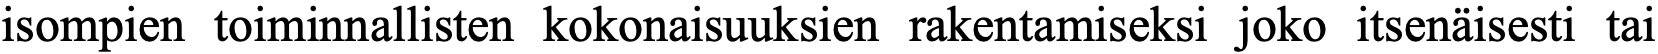
isompien toiminnallisten kokonaisuuksien rakentamiseksi joko itsenäisesti tai